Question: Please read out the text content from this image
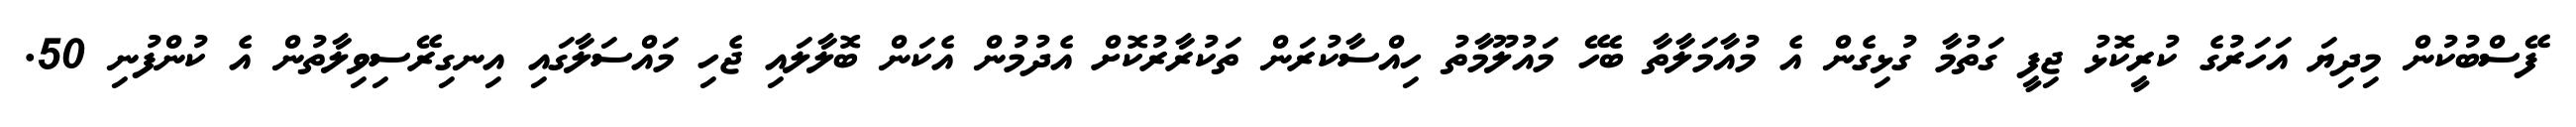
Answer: ފޭސްބުކުން މިދިޔަ އަހަރުގެ ކުރީކޮޅު ޖިފީ ގަތުމާ ގުޅިގެން އެ މުއާމަލާތާ ބެހޭ މައުލޫމާތު ހިއްސާކުރަން ތަކުރާރުކޮށް އެދުމުން އެކަން ބޮލާލައި ޖެހި މައްސަލާގައި އިނގިރޭސިވިލާތުން އެ ކުންފުނި 50.